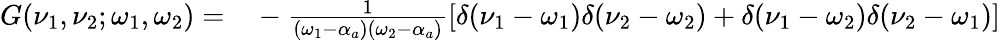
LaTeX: \begin{array}{rl}{G(\nu_{1},\nu_{2};\omega_{1},\omega_{2})=}&{{}-\frac{1}{(\omega_{1}-\alpha_{a})(\omega_{2}-\alpha_{a})}[\delta(\nu_{1}-\omega_{1})\delta(\nu_{2}-\omega_{2})+\delta(\nu_{1}-\omega_{2})\delta(\nu_{2}-\omega_{1})]}\end{array}